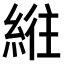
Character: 𫃮